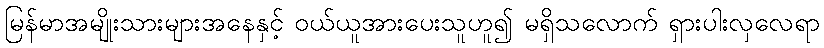
မြန်မာအမျိုးသားများအနေနှင့် ဝယ်ယူအားပေးသူဟူ၍ မရှိသလောက် ရှားပါးလှလေရာ